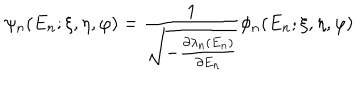
LaTeX: \psi _ { n } ( E _ { n } ; \xi , \eta , \varphi ) = \frac { 1 } { \sqrt { - \frac { \partial \lambda _ { n } ( E _ { n } ) } { \partial E _ { n } } } } \phi _ { n } ( E _ { n } ; \xi , \eta , \varphi )